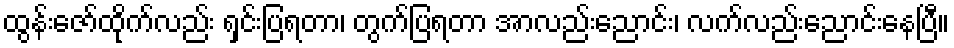
ထွန်းဇော်ထိုက်လည်း ရှင်းပြရတာ၊ တွက်ပြရတာ အာလည်းညောင်း၊ လက်လည်းညောင်းနေပြီ။